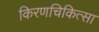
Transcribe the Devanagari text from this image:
किरणचिकित्सा